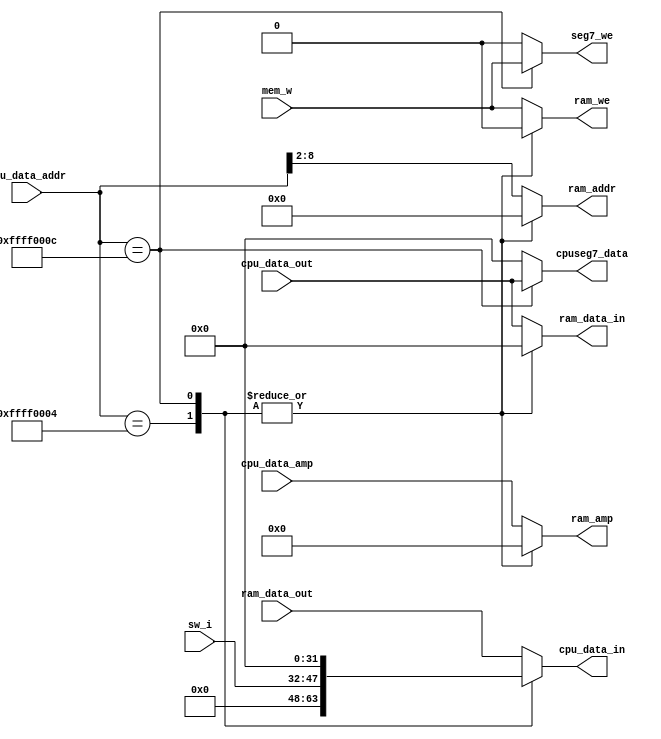
`timescale 1ns / 1ps
//////////////////////////////////////////////////////////////////////////////////
// Company: 
// Engineer: 
// 
// Create Date:     
// Design Name: 
// Module Name:    MIO_BUS 
// Project Name: 
// Target Devices: 
// Tool versions: 
// Description: 
//
// Dependencies: 
//
// Revision: 
// Revision 0.01 - File Created
// Additional Comments: 
//
//////////////////////////////////////////////////////////////////////////////////

// memory IO bus

module MIO_BUS(
    input mem_w,
    input [15:0]  sw_i,               // switch input
    input [31:0]  cpu_data_out,       // data from CPU
    input [31:0]  cpu_data_addr,      // address for CPU
    input [3:0]   cpu_data_amp,       // access pattern from CPU
    input [31:0]  ram_data_out,       // data from data memory
    
    output reg [31:0]  cpu_data_in,   // data to CPU
    output reg [31:0]  ram_data_in,   // data to data memory
    output reg [6:0]   ram_addr,      // address for data memory
    output reg [31:0]  cpuseg7_data,  // cpu seg7 data (from sw instruction)
    output reg         ram_we,        // signal to write data memory
    output reg [3:0]   ram_amp,       // access pattern for data memory
    output reg         seg7_we        // signal to write seg7 display 
);


//RAM & IO decode signals:
  always @* begin

    ram_addr = 7'h0;
    ram_data_in = 32'h0;
    cpuseg7_data = 32'h0;
    cpu_data_in = 32'h0;
    seg7_we = 0;
    ram_we = 0;
    ram_amp = 4'b0;
    
    case(cpu_data_addr[31:0])
      32'hffff0004: // switch
        cpu_data_in = {16'h0, sw_i};
      32'hffff000c: begin // seg7
        cpuseg7_data = cpu_data_out;
        seg7_we = mem_w;
        end
      default: begin
        ram_addr = cpu_data_addr[8:2];
        ram_data_in = cpu_data_out;
        ram_we = mem_w;
        ram_amp = cpu_data_amp;
        cpu_data_in = ram_data_out;
      end
    endcase
  end

endmodule